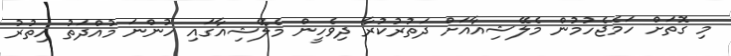
މި ގޮތަށް ހަމެޖެހުމުން މެލޭޝިއާއަށް ދަތުރުކުރާ ދިވެހީން މެލޭޝިއާގައި ހުންނަ މުއްދަތު އިތުރު